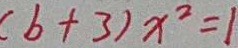
( b + 3 ) x ^ { 2 } = 1